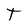
Character: T